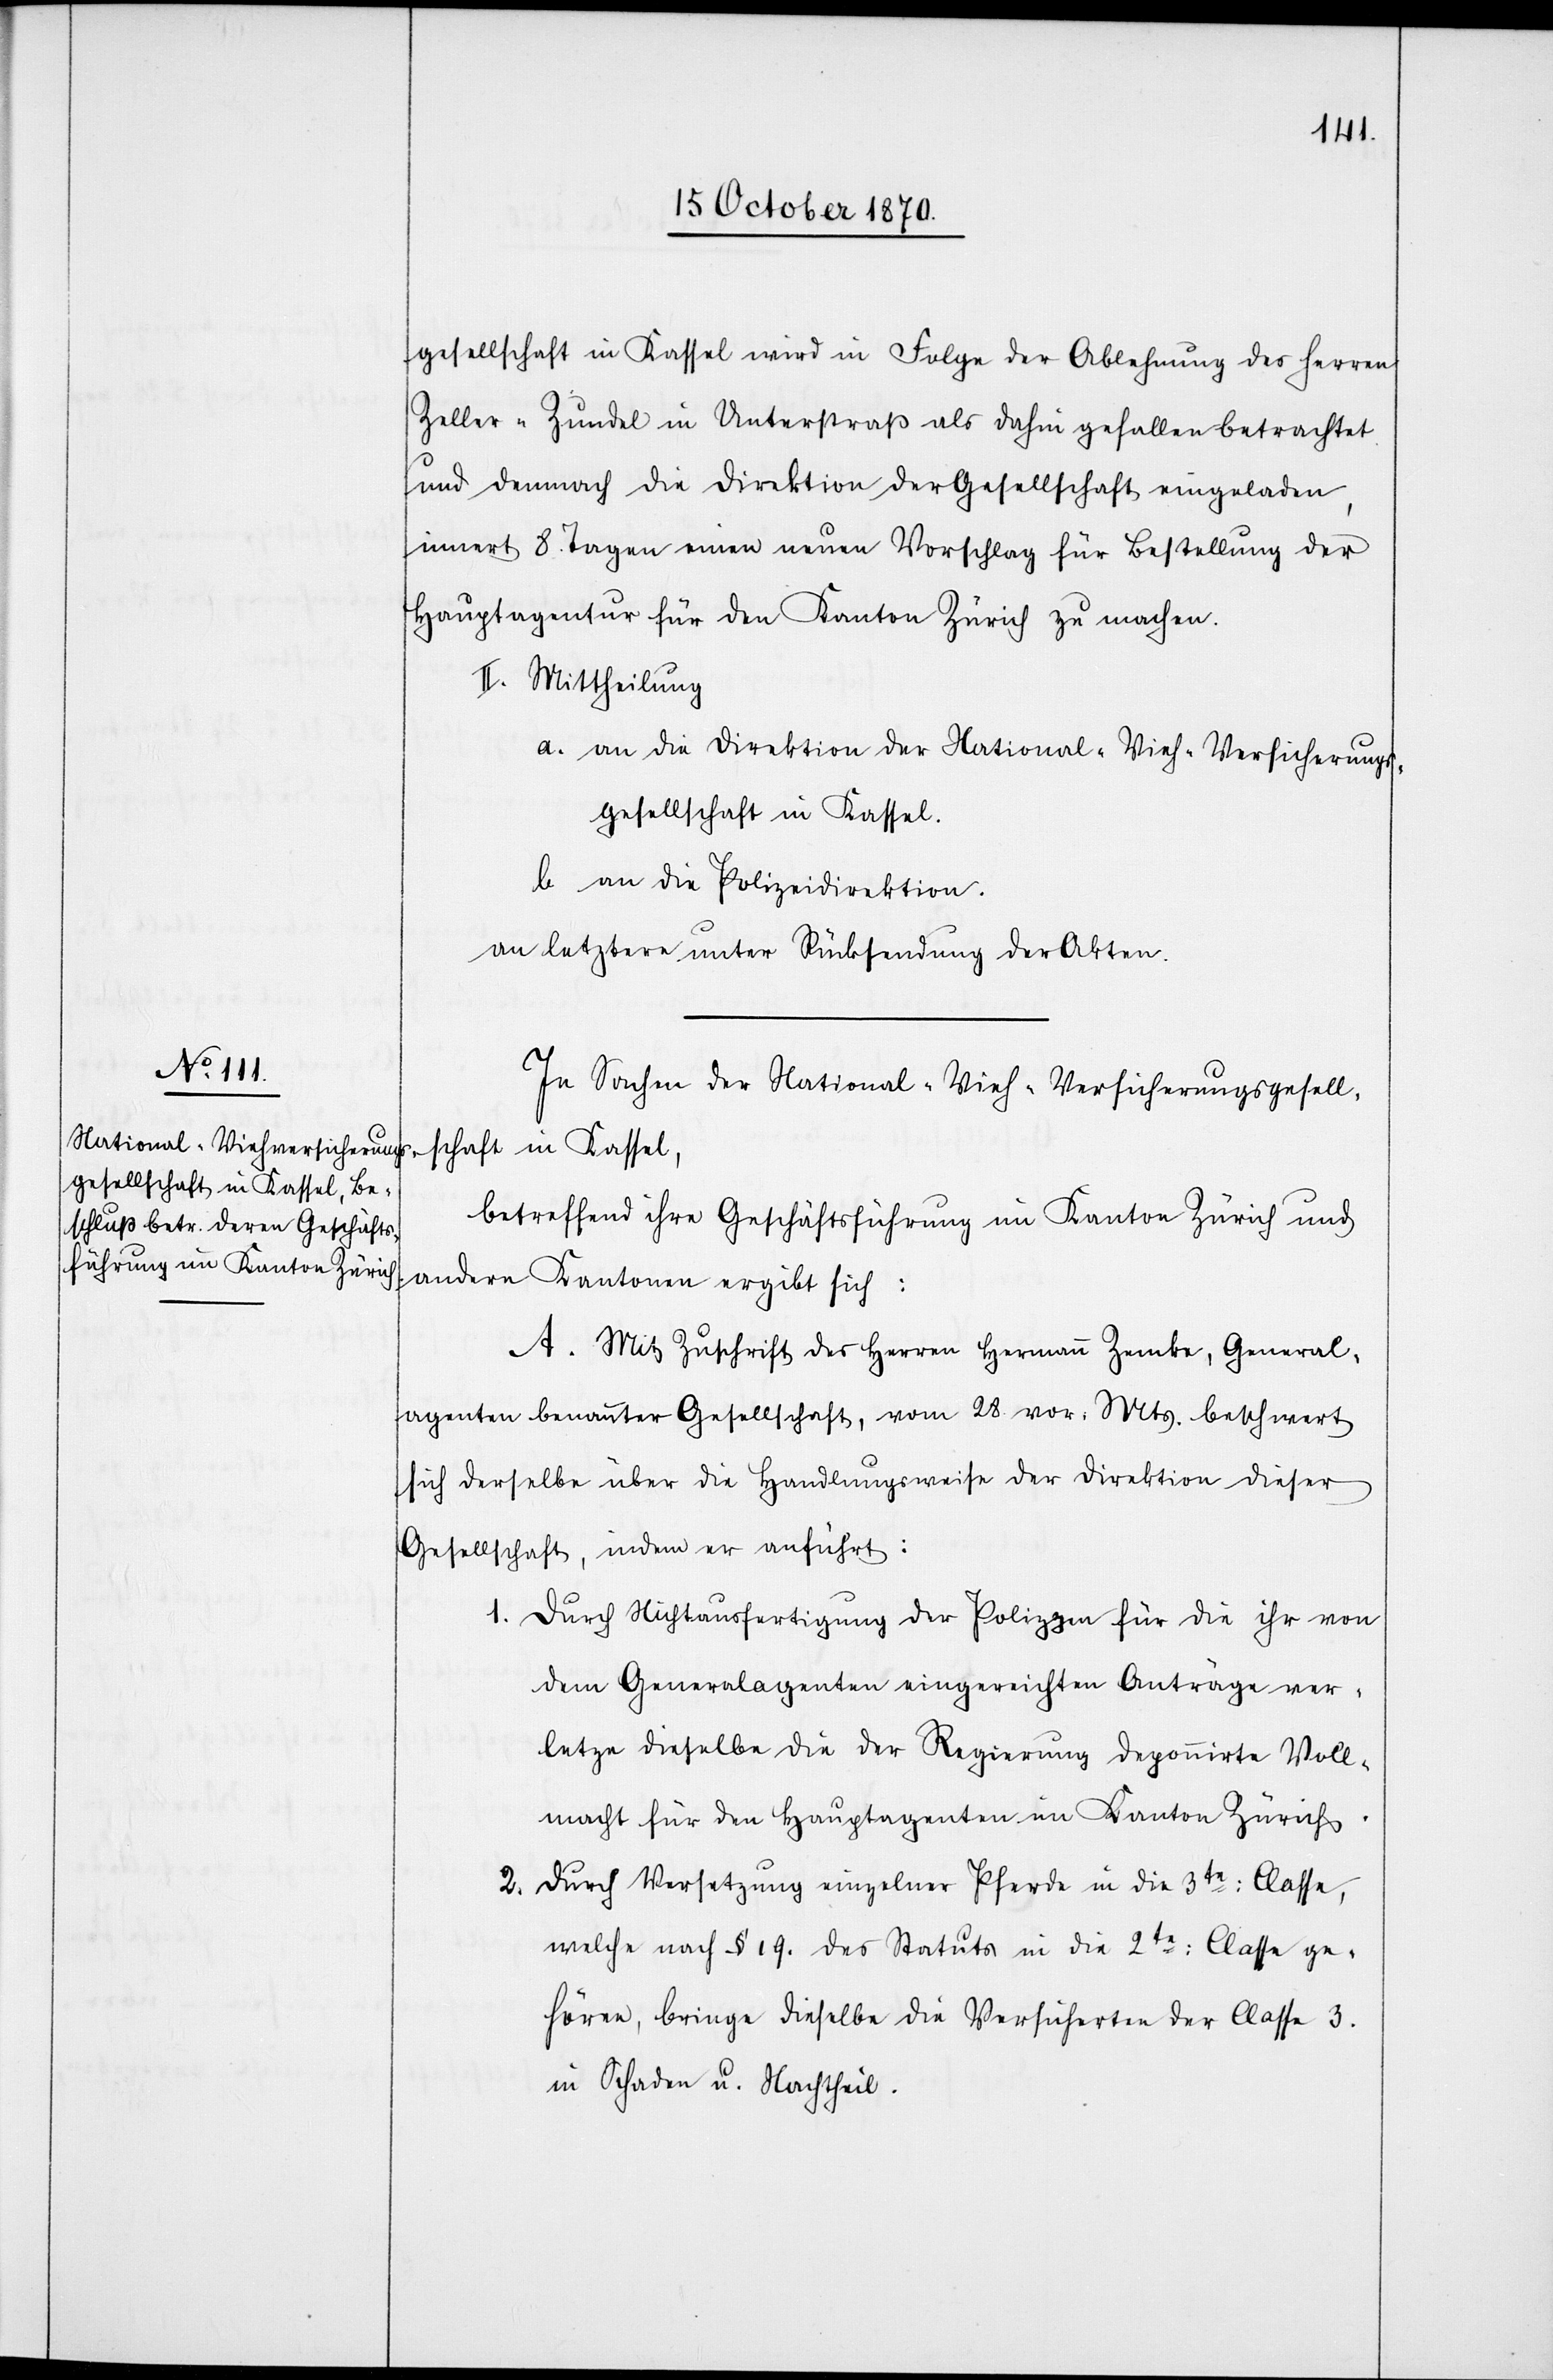
gesellschaft in Kassel wird in Folge der Ablehnung des Herren
Zeller-Zundel in Unterstraß als dahin gefallen betrachtet
und demnach die Direktion der Gesellschaft eingeladen,
innert 8. Tagen einen neuen Vorschlag für Bestellung der
Hauptagentur für den Kanton Zürich zu machen.
II. Mittheilung
a. an die Direktion der National-Vieh-Versicherungs¬
gesellschaft in Kassel.
b. an die Polizeidirektion.
an letztere unter Rücksendung der Akten.
In Sachen der National-Viehversicherungsgesell¬
schaft in Kassel,
betreffend ihre Geschäftsführung im Kanton Zürich und
andern Kantonen ergibt sich:
A. Mit Zuschrift des Herren Hermann Zemke, General¬
agenten benannter Gesellschaft, vom 28. vor. Mts. beschwert
sich derselbe über die Handlungsweise der Direktion dieser
Gesellschaft, indem er anführt:
1. Durch Nichtausfertigung der Polizzen für die ihr von
dem Generalagenten eingereichten Anträge ver¬
letze dieselbe die der Regierung deponirte Voll¬
macht für den Hauptagenten im Kanton Zürich.
Durch Versetzung einzelner Pferde in die 3te: Classe,
2.
welche nach § 19. des Statuts in die 2te: Classe ge¬
hören, bringe dieselbe die Versicherten der Classe 3.
in Schaden u. Nachtheil.